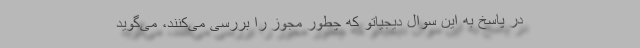
در پاسخ به این سوال دیجیاتو که چطور مجوز را بررسی می‌کنند، می‌گوید